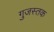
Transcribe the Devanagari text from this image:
गुजस्तक